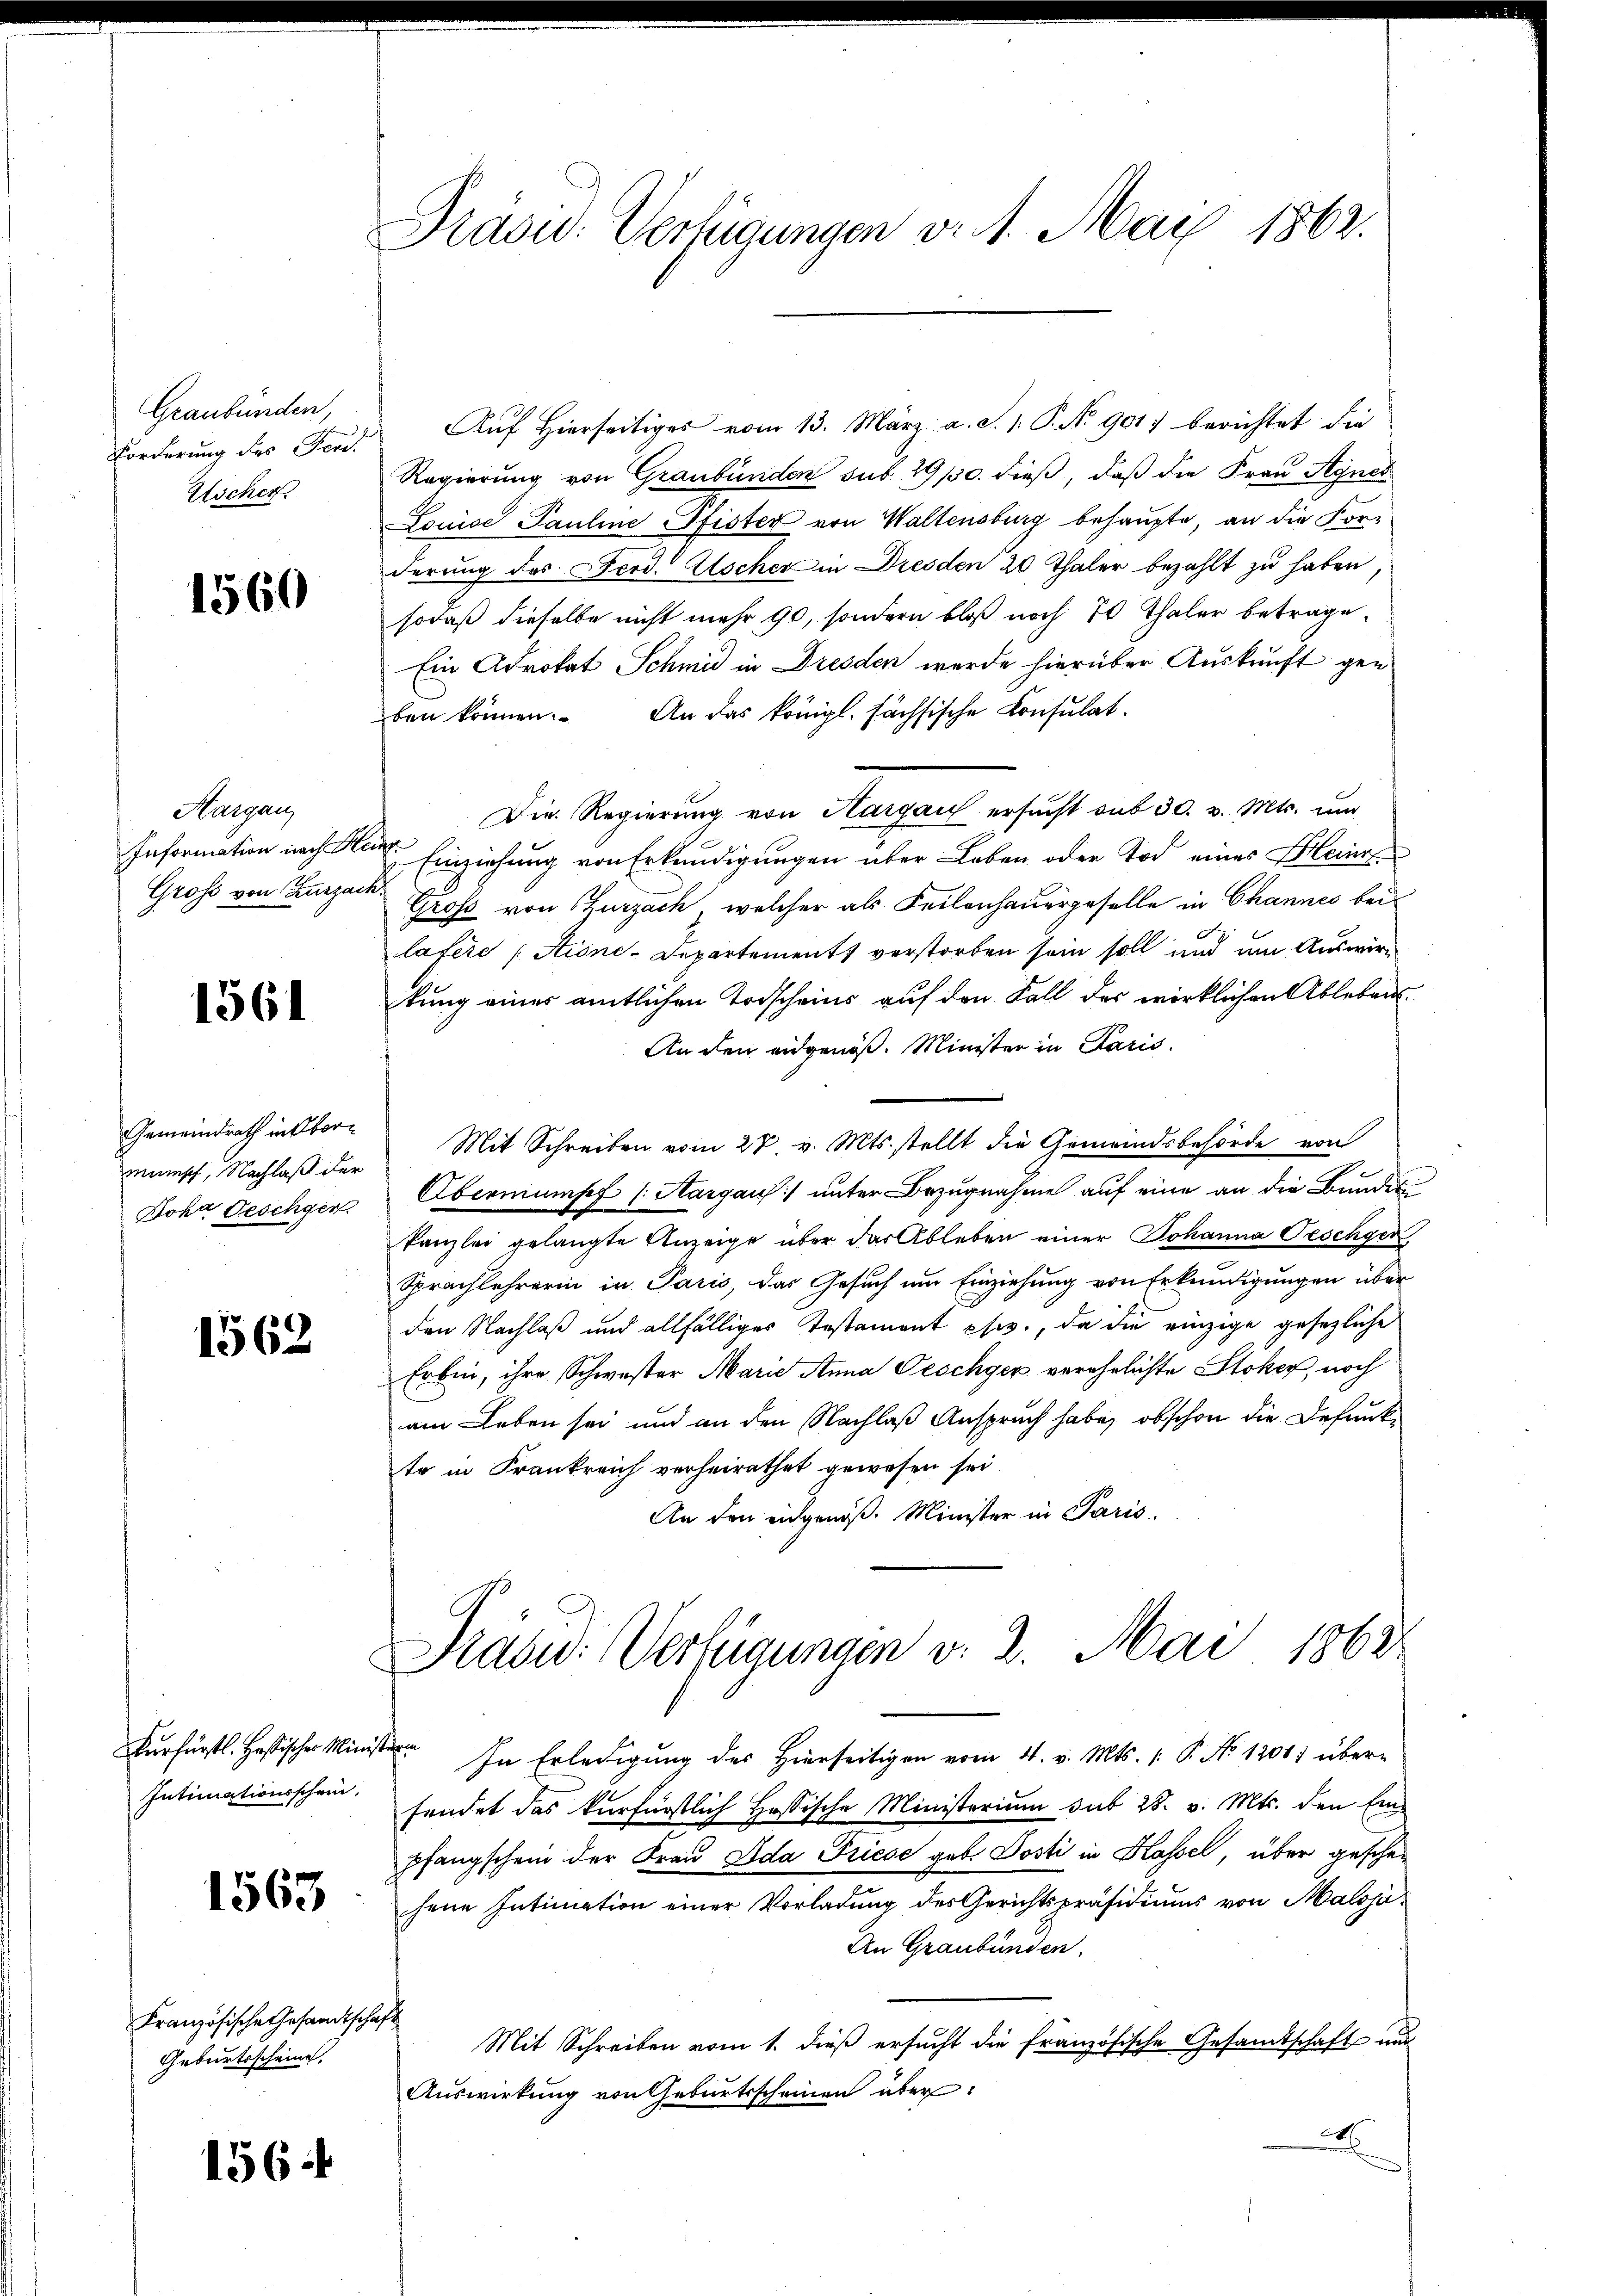
Graubünden,
Forderung des Fert
Ascher.

1560

Hargang
Information nach Fr
Groß von Zurzaus

1561

Gemeindrath in Obermunisch, Nachlaß der
Joka Geschgen.

1562

kurfürstl. Hastischer Minis¬
Intimationsschein.

1563

Französische Gesandtschaf
Geburtsscheine

156

Praou: Verfügungen v. 1. Mai 1862.

Auf Hierseitiges vom 13. März a. S. 1. P. No 901) berichtet die
Regierung von Graubünden sub 29/30. dieß, daß die Frau Agnes
Louise Pauline Pfister von Waltensburg behaupte, an die For-
derung des Ferd. Wocher in Dresden 20 Thaler bezahlt zu haben,
sodaß dieselbe nicht mehr 90, sondern bloß noch 20 Thaler betrage.
Ein Advokat Schmid in Dresden wurde hierüber Auskunft geben können. An das königl. sächsische Consulat.
Die Regierung von Aargau ersucht aus 30. v. Mts. und
 Einziehung von Erkundigungen über Leben oder Tod eines Kleine
Gros von Zurzach, welcher als Feilenhauergeselle in Channes bei
lafère (Stione-Departement verstorben sein soll und um Auswirtung einer amtlichen Todscheins auf den Fall des wirklichen Ablebens¬
An den eidgenöß. Minister in Paris.
Mit Schreiben vom 27 v. Mts. stellt die Gemeindsbehörde von
Oberniunsch (Aargau unter Bezugnahme auf eine an die Bundes
kanzlei gelangte Anzeige über das Ableben einer Johanna Teschgen
Sprachlehrerin in Paris, das Gesuch um Einziehung von Erkundigungen über
den Nachlaß und allfälliges Testament phw., da die einzige gesezliche
Erben, ihre Schwester Marie Anna Geschyer verehelichte Stoker, noch
am Leben sei und an den Nachlaß Anspruch habe, obschon die Defunkte in Frankreich verheirathet gewesen sei
An den eidgenöß. Minister in Paris.
Präsid.: Verfügungen v. 2. Mai 1862
n
In Erledigung des Hierseitigen vom 4. v. Mts. (: P. No 1201) über-
sendet das kurfürstlich Hassische Ministerium sub 28. v. Mts. den Einpfangschein der Frau Ida Friese geb. Josti in Hassel, über geschejene Intimation einer Vorladung des Gerichtspräsidiums von Maloja¬
An Graubünden.
t
Mit Schreiben vom 1. dieß ersucht die Französische Gesandtschaft und
Auswirkung von Geburtsscheinen über
x